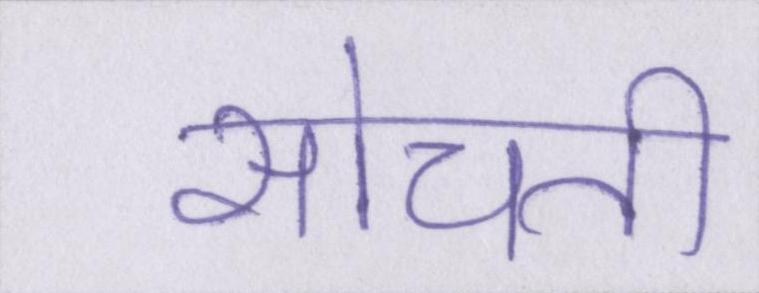
सोचती